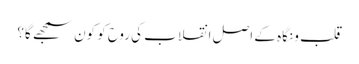
قلب و نگاہ کے اصل انقلاب کی روح کو کون سمجھے گا؟